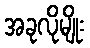
အခုလိုမျိုး